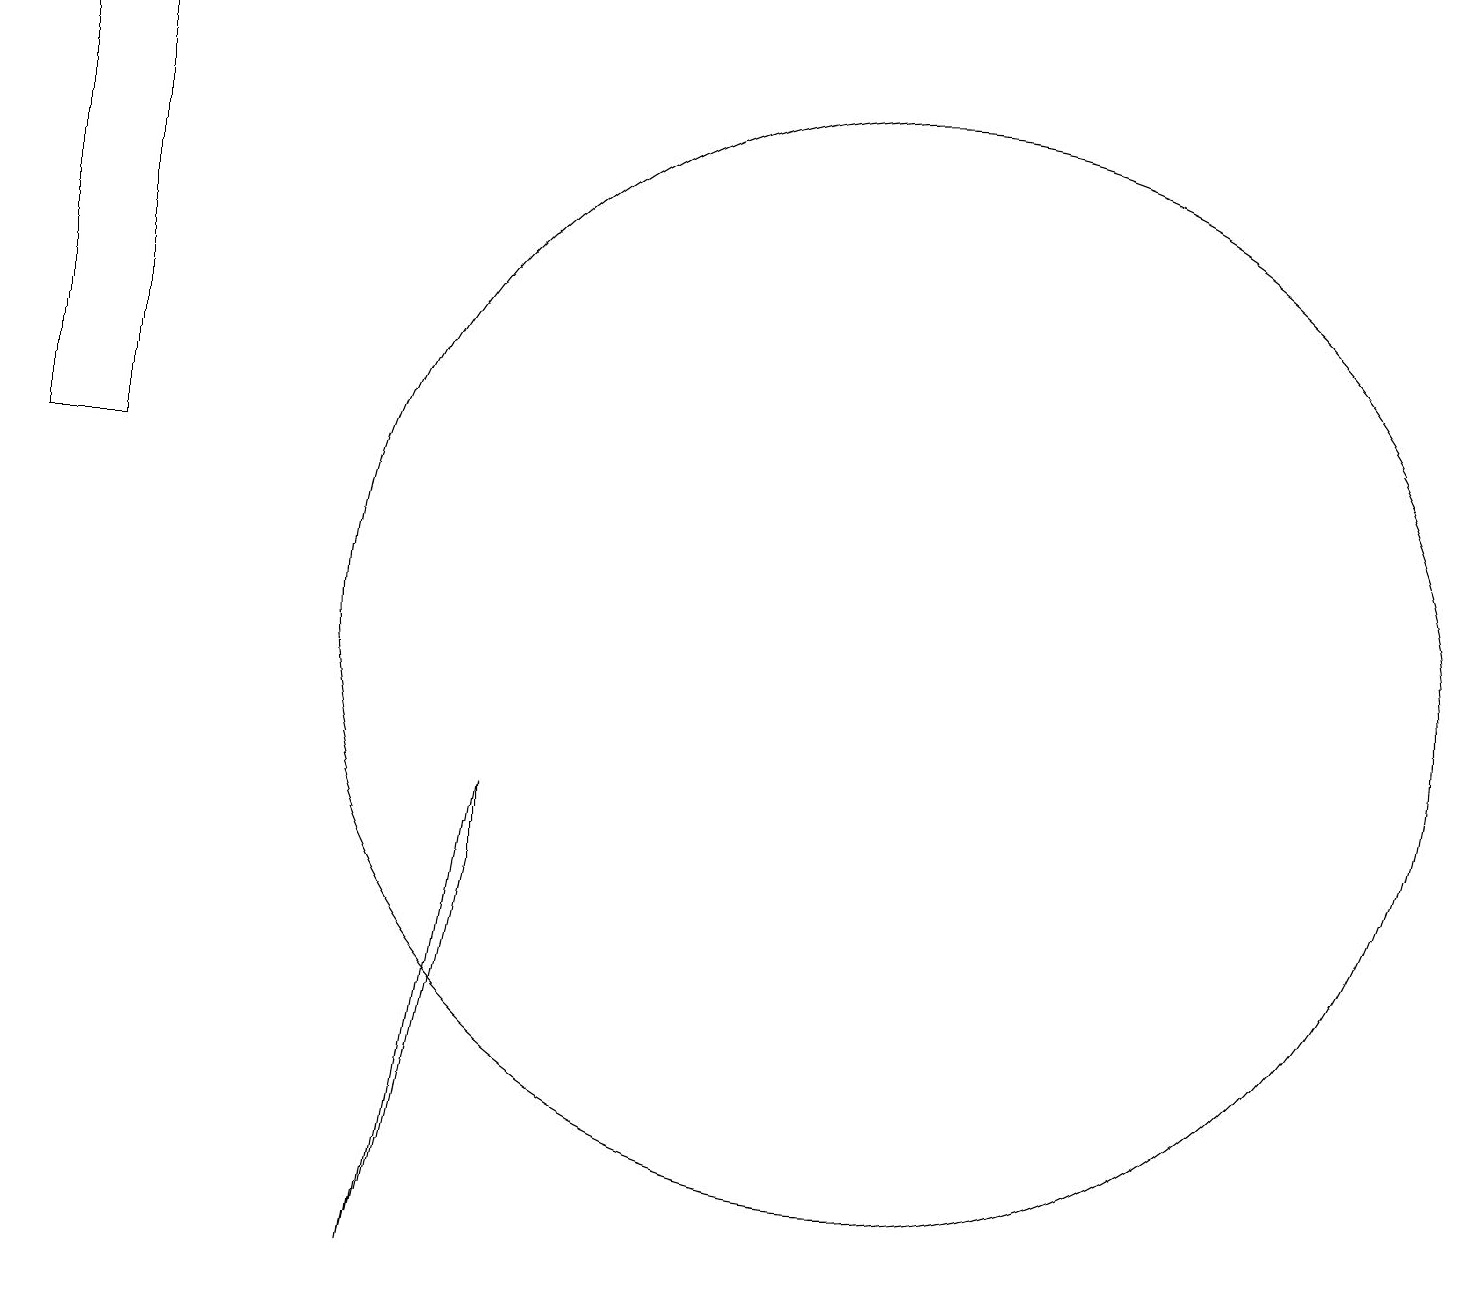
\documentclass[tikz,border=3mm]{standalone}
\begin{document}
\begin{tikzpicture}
\draw (11,10) circle (7);
\draw (0,18) rectangle (1,12);
\draw (6,7) -- (5,2) -- (6,8) -- cycle;
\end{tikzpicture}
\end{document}